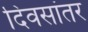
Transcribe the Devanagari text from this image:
दिवसांतर